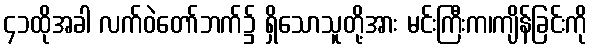
၄၁ထိုအခါ လက်ဝဲတော်ဘက်၌ ရှိသောသူတို့အား မင်းကြီးက၊ကျိန်ခြင်းကို